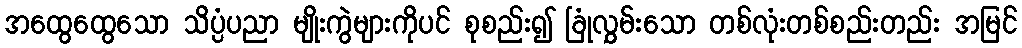
အထွေထွေသော သိပ္ပံပညာ မျိုးကွဲများကိုပင် စုစည်း၍ ခြုံလွှမ်းသော တစ်လုံးတစ်စည်းတည်း အမြင်